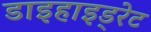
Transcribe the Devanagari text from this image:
डाइहाइड्रेट